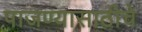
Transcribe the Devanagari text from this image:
पाजण्यासाठीचे